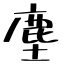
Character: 塵